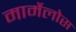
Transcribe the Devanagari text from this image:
मार्मेलोस